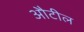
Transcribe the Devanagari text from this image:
औटील